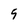
Character: 5